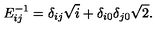
E _ { i j } ^ { - 1 } = \delta _ { i j } \sqrt { i } + \delta _ { i 0 } \delta _ { j 0 } \sqrt { 2 } .